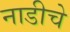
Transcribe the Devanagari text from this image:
नाडीचे